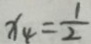
x _ { 4 } = \frac { 1 } { 2 }